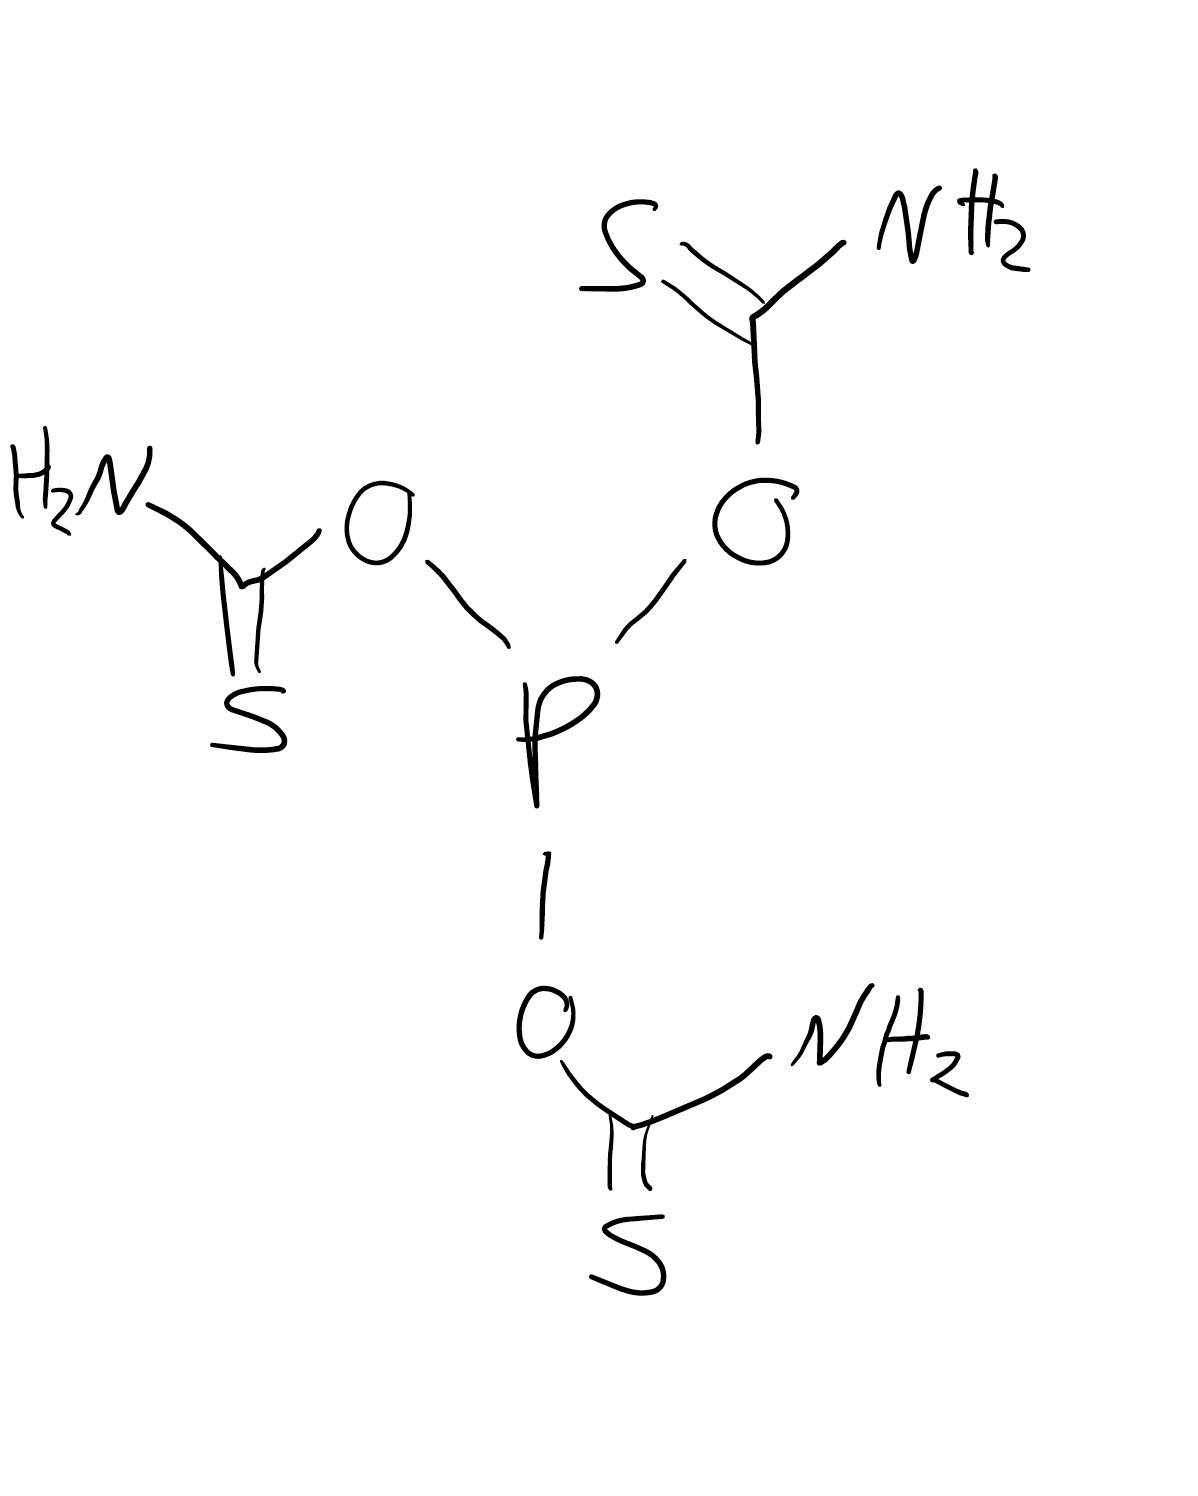
Simplified molecular-input line-entry system (SMILES) notation of the given molecule:
C(=S)(N)OP(OC(=S)N)OC(=S)N